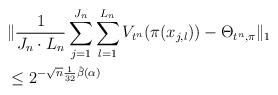
LaTeX: \begin{align*}&\|\frac{1}{J_n\cdot L_n}\sum_{j=1}^{J_n}\sum_{l=1}^{L_n}V_{t^n}(\pi(x_{j,l}))-\Theta_{t^n,\pi}\|_1\\&\leq 2^{-\sqrt{n}\frac{1}{32}\hat{\beta}(\alpha)}\end{align*}